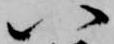
八